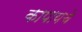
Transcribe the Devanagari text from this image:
कापायचे